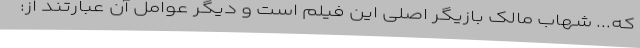
که... شهاب مالک بازیگر اصلی این فیلم است و دیگر عوامل آن عبارتند از: